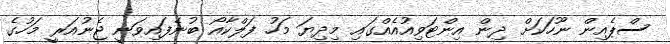
ސްޕެއިން ނޫހަކަށް ދިން އިންޓަވިއުއެއްގައި މިދިޔަ މަހު ފަލްކާއޯ ބުނެފައިވަނީ ޖެނުއަރީ މަހުގެ